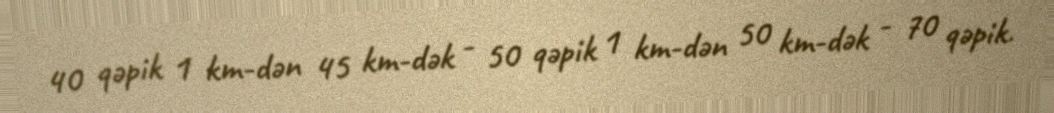
40 qəpik 1 km-dən 45 km-dək - 50 qəpik 1 km-dən 50 km-dək - 70 qəpik.